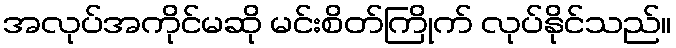
အလုပ်အကိုင်မဆို မင်းစိတ်ကြိုက် လုပ်နိုင်သည်။